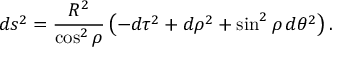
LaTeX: d s ^ { 2 } = \frac { R ^ { 2 } } { \cos ^ { 2 } { \rho } } \left( - d \tau ^ { 2 } + d \rho ^ { 2 } + \sin ^ { 2 } { \rho } \, d \theta ^ { 2 } \right) .